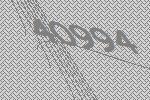
40994